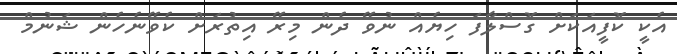
އެކީ ކޮފީއަކަށް ގޮސްލާފަ ހިޔެއް ނުވޭ ދެން މިރޭ އިތުރަށް ކެވޭނެހެން ޝަނުމް